Annual administration report of the Civil Veterinary Department of India - 1895-1896
Year: 1895
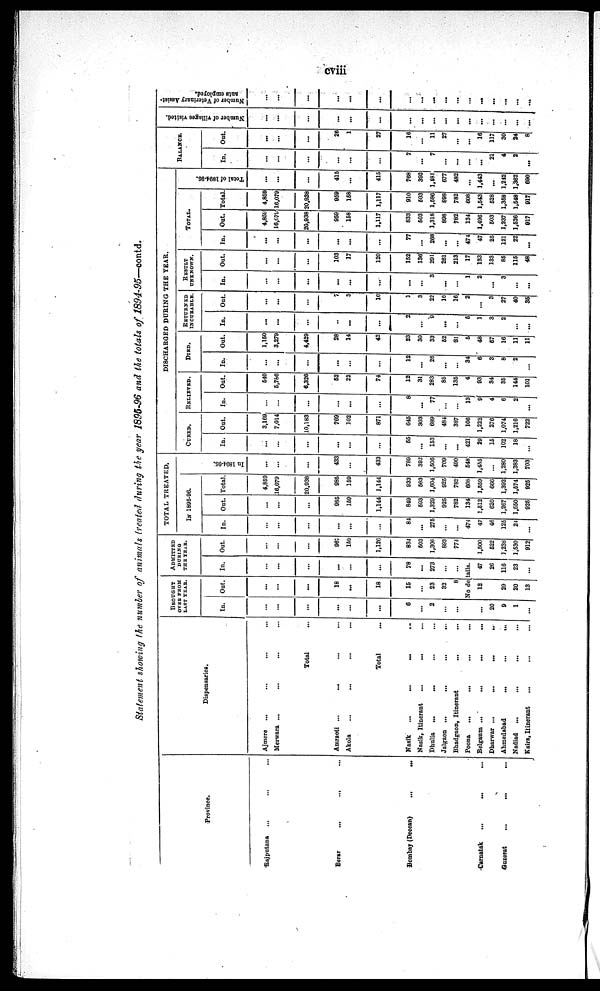
cviii
Statement showing the number of animals treated during the year 1895-96 and the totals of 1894-95—contd.
Province.
Rajputana ... ... ...
Berar ... ... ...
Bombay (Deccan) ... ...
Carnatak ... ... ...
Guzerat ... ... ...
Dispensaries.
Ajmere ... ... ... ...
Merwara ... ... ... ...
TOTAL ...
Amraoti ... ... ... ...
Akola ... ... ... ...
TOTAL ...
Nasik
... ... ... ...
Nasik, Itinerant ... ... ...
Dhulia
... ... ... ...
Jalgaon ... ... ... ...
Bhadgaon, Itinerant ... ... ...
Poona
... ... ... ...
Belgaum ... ... ... ...
Dharwar ... ... ... ...
Ahmedabad ... ... ...
Nadiad
... ... ... ...
Kaira, Itinerant ... ... ...
BROUGHT
OVER FROM
LAST YEAR.
In.
...
...
...
...
...
...
6
...
2
...
...
...
20
9
1
...
Out.
...
...
...
18
...
18
16
...
23
32
8
ADMITTED
DURING
THE YEAR.
In.
...
...
...
...
...
...
78
...
273
...
...
No details.
12
...
29
20
13
47
26
116
23
...
Out.
...
...
...
967
159
1,126
834
603
1,306
893
774
...
1,500
522
1,238
1,530
912
TOTAL TREATED.
IN 1895-96.
In.
...
...
...
...
...
...
84
...
275
...
...
474
47
46
125
24
...
Out.
...
...
...
985
159
1,144
849
503
1,320
925
782
134
1,612
620
1,267
1,550
925
Total
4,859
16,079
20,938
985
159
1,144
933
603
1,604
925
782
608
1,659
666
1,392
1,574
925
In 1894- 95.
...
...
...
433
...
433
789
302
1,506
709
490
648
1,455
...
1,280
1,383
703
DISCHARGED DURING THE YEAR.
CURED.
In.
...
...
...
...
...
...
65
...
153
...
...
421
29
16
102
18
...
Out.
3,169
7,014
10,183
769
102
871
645
303
689
484
387
106
1,222
276
1,074
1,216
722
RELIEVED.
In.
...
...
...
...
...
...
8
...
77
...
...
13
9
4
6
2
...
Out.
540
5,786
6,326
62
22
74
12
31
283
85
135
4
93
34
35
144
101
DlED.
In.
...
...
...
...
...
...
12
...
26
...
...
34
6
3
8
2
...
Out.
1.150
3,279
4,429
28
14
42
23
30
33
52
31
6
48
67
16
11
11
RETURNED
INCURABLE.
In.
...
....
...
...
...
...
2
...
9
...
...
6
1
3
2
...
. . .
Out.
...
...
...
7
3
10
1
3
22
16
16
2
...
3
27
40
35
RESULT
UNKNOWN.
In.
...
...
...
...
...
...
...
...
3
...
...
1
2
...
3
...
...
Out.
...
...
...
103
17
120
152
136
291
261
213
17
133
133
85
116
48
TOTAL.
In.
...
...
...
...
...
...
77
...
268
...
...
474
47
25
121
22
...
Out.
4,859
16,679
20,938
959
158
1,117
833
603
1,318
898
782
134
1,496
603
1,237
1,526
917
Total
4,859
16,079
20,938
959
158
1,117
910
503
1,586
898
782
608
1,643
628
1,358
1,648
917
Tot al of 1894- 95.
...
...
...
415
...
415
768
392
1,181
677
482
...
1,443
...
1,212
1,362
690
BALANCE.
In.
...
...
...
...
...
...
7
...
7
...
...
...
...
21
4
2
...
Out.
...
...
...
26
1
27
16
...
11
27
...
...
16
117
30
24
8
Number of Villages visited.
...
...
...
...
...
...
...
...
...
...
...
...
...
...
...
...
Number of Veterinary Assist-
ants employed.
...
...
...
...
...
...
...
...
...
...
...
...
...
...
...
...
...